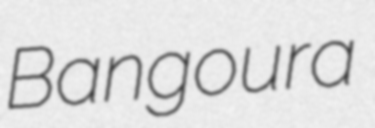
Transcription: Bangoura